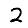
Digit: 2